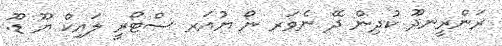
ރަންރީނދޫ ކުދިން ދޭ ނެވަރ ނޯ ޔުއަރ ސްޓޯރީ ލައިކް ޔޫ ޑޫ.